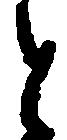
と